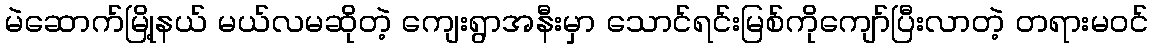
မဲဆောက်မြို့နယ် မယ်လမဆိုတဲ့ ကျေးရွာအနီးမှာ သောင်ရင်းမြစ်ကိုကျော်ပြီးလာတဲ့ တရားမဝင်